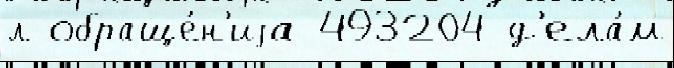
л обраще́н'иjа 493204 д'ела́м